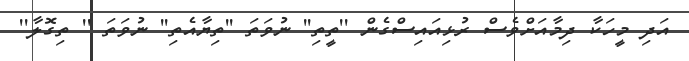
އަދި މީހަކާ ދިމާއަށްވެސް ރުޅިއައިސްގެން ''ތީތި'' ނުވަތަ ''ތިޔާއެތި'' ނުވަތަ '' ތިގޮލާ''